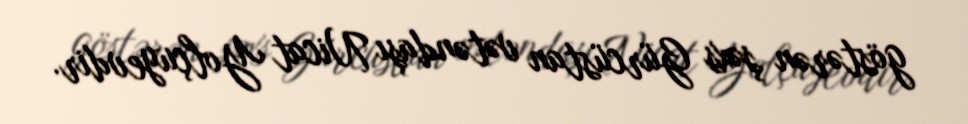
göstərən şəxs Gürcüstan vətəndaşı Nicat Yolçuyevdir.